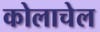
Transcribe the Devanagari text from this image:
कोलाचेल